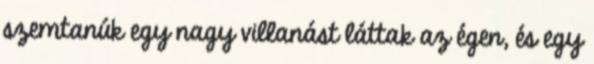
szemtanúk egy nagy villanást láttak az égen, és egy